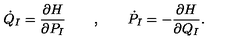
\dot { Q } _ { I } = { \frac { \partial H } { \partial P _ { I } } } \qquad , \qquad \dot { P } _ { I } = - { \frac { \partial H } { \partial Q _ { I } } } .